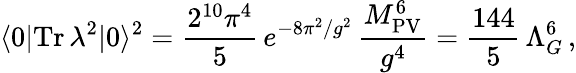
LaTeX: \langle 0|\mathrm{Tr}\, \lambda^{2}|0\rangle^{2}=\frac{2^{10}\pi^{4}}{5}\, e^{-8\pi^{2}/g^{2}}\, \frac{M_{\mathrm{PV}}^{6}}{g^{4}}=\frac{144}{5}\, \Lambda_{G}^{6}\, ,